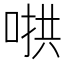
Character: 𫪵